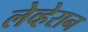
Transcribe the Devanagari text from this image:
लेव्हेरान